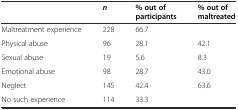
<table><thead><tr><td></td><td><b><i>n</i></b></td><td><b>% out of participants</b></td><td><b>% out of maltreated</b></td></tr></thead><tbody><tr><td>Maltreatment experience</td><td>228</td><td>66.7</td><td></td></tr><tr><td>Physical abuse</td><td>96</td><td>28.1</td><td>42.1</td></tr><tr><td>Sexual abuse</td><td>19</td><td>5.6</td><td>8.3</td></tr><tr><td>Emotional abuse</td><td>98</td><td>28.7</td><td>43.0</td></tr><tr><td>Neglect</td><td>145</td><td>42.4</td><td>63.6</td></tr><tr><td>No such experience</td><td>114</td><td>33.3</td><td></td></tr></tbody></table>